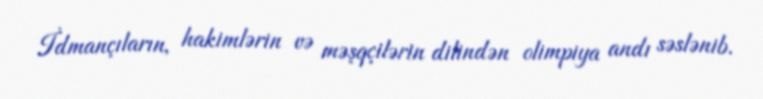
İdmançıların, hakimlərin və məşqçilərin dilindən olimpiya andı səslənib.